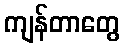
ကျန်တာတွေ